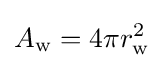
A_{\rm {w}}=4\pi r_{\rm {w}}^{2}